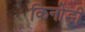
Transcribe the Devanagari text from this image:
किनोड़ी